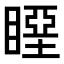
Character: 𥉢